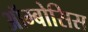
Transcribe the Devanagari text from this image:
ऑम्बोसिस